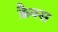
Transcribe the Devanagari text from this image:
क्रैक्स